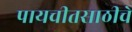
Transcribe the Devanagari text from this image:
पायचीतसाठीचे